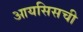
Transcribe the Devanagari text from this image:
आयसिसची